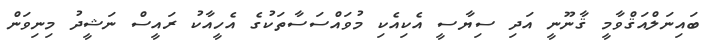
ބައިނަލްއަޤްވާމީ ޤާނޫނީ އަދި ސިޔާސީ އެކިއެކި މުވައްސަސާތަކުގެ އެހީއާކު ރައީސް ނަޝީދު މިނިވަން